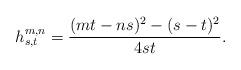
LaTeX: \begin{align*} h_{s,t}^{m,n} = \frac{(mt-ns)^2-(s-t)^2}{4st}.\end{align*}